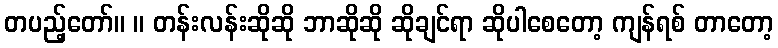
တပည့်တော်။ ။ တန်းလန်းဆိုဆို ဘာဆိုဆို ဆိုချင်ရာ ဆိုပါစေတော့ ကျန်ရစ် တာတော့